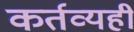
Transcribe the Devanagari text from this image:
कर्तव्यही